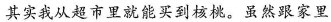
其实我从超市里就能买到核桃。虽然跟家里